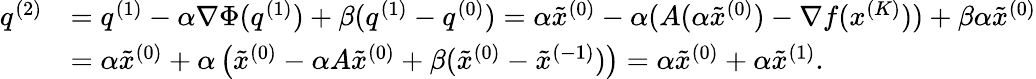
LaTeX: \begin{array}{rl}{q^{(2)}}&{=q^{(1)}-\alpha\nabla\Phi(q^{(1)})+\beta(q^{(1)}-q^{(0)})=\alpha\tilde{x}^{(0)}-\alpha(A(\alpha\tilde{x}^{(0)})-\nabla f(x^{(K)}))+\beta\alpha\tilde{x}^{(0)}}\\ &{=\alpha\tilde{x}^{(0)}+\alpha\left(\tilde{x}^{(0)}-\alpha A\tilde{x}^{(0)}+\beta(\tilde{x}^{(0)}-\tilde{x}^{(-1)})\right)=\alpha\tilde{x}^{(0)}+\alpha\tilde{x}^{(1)}.}\end{array}